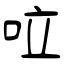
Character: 㕸